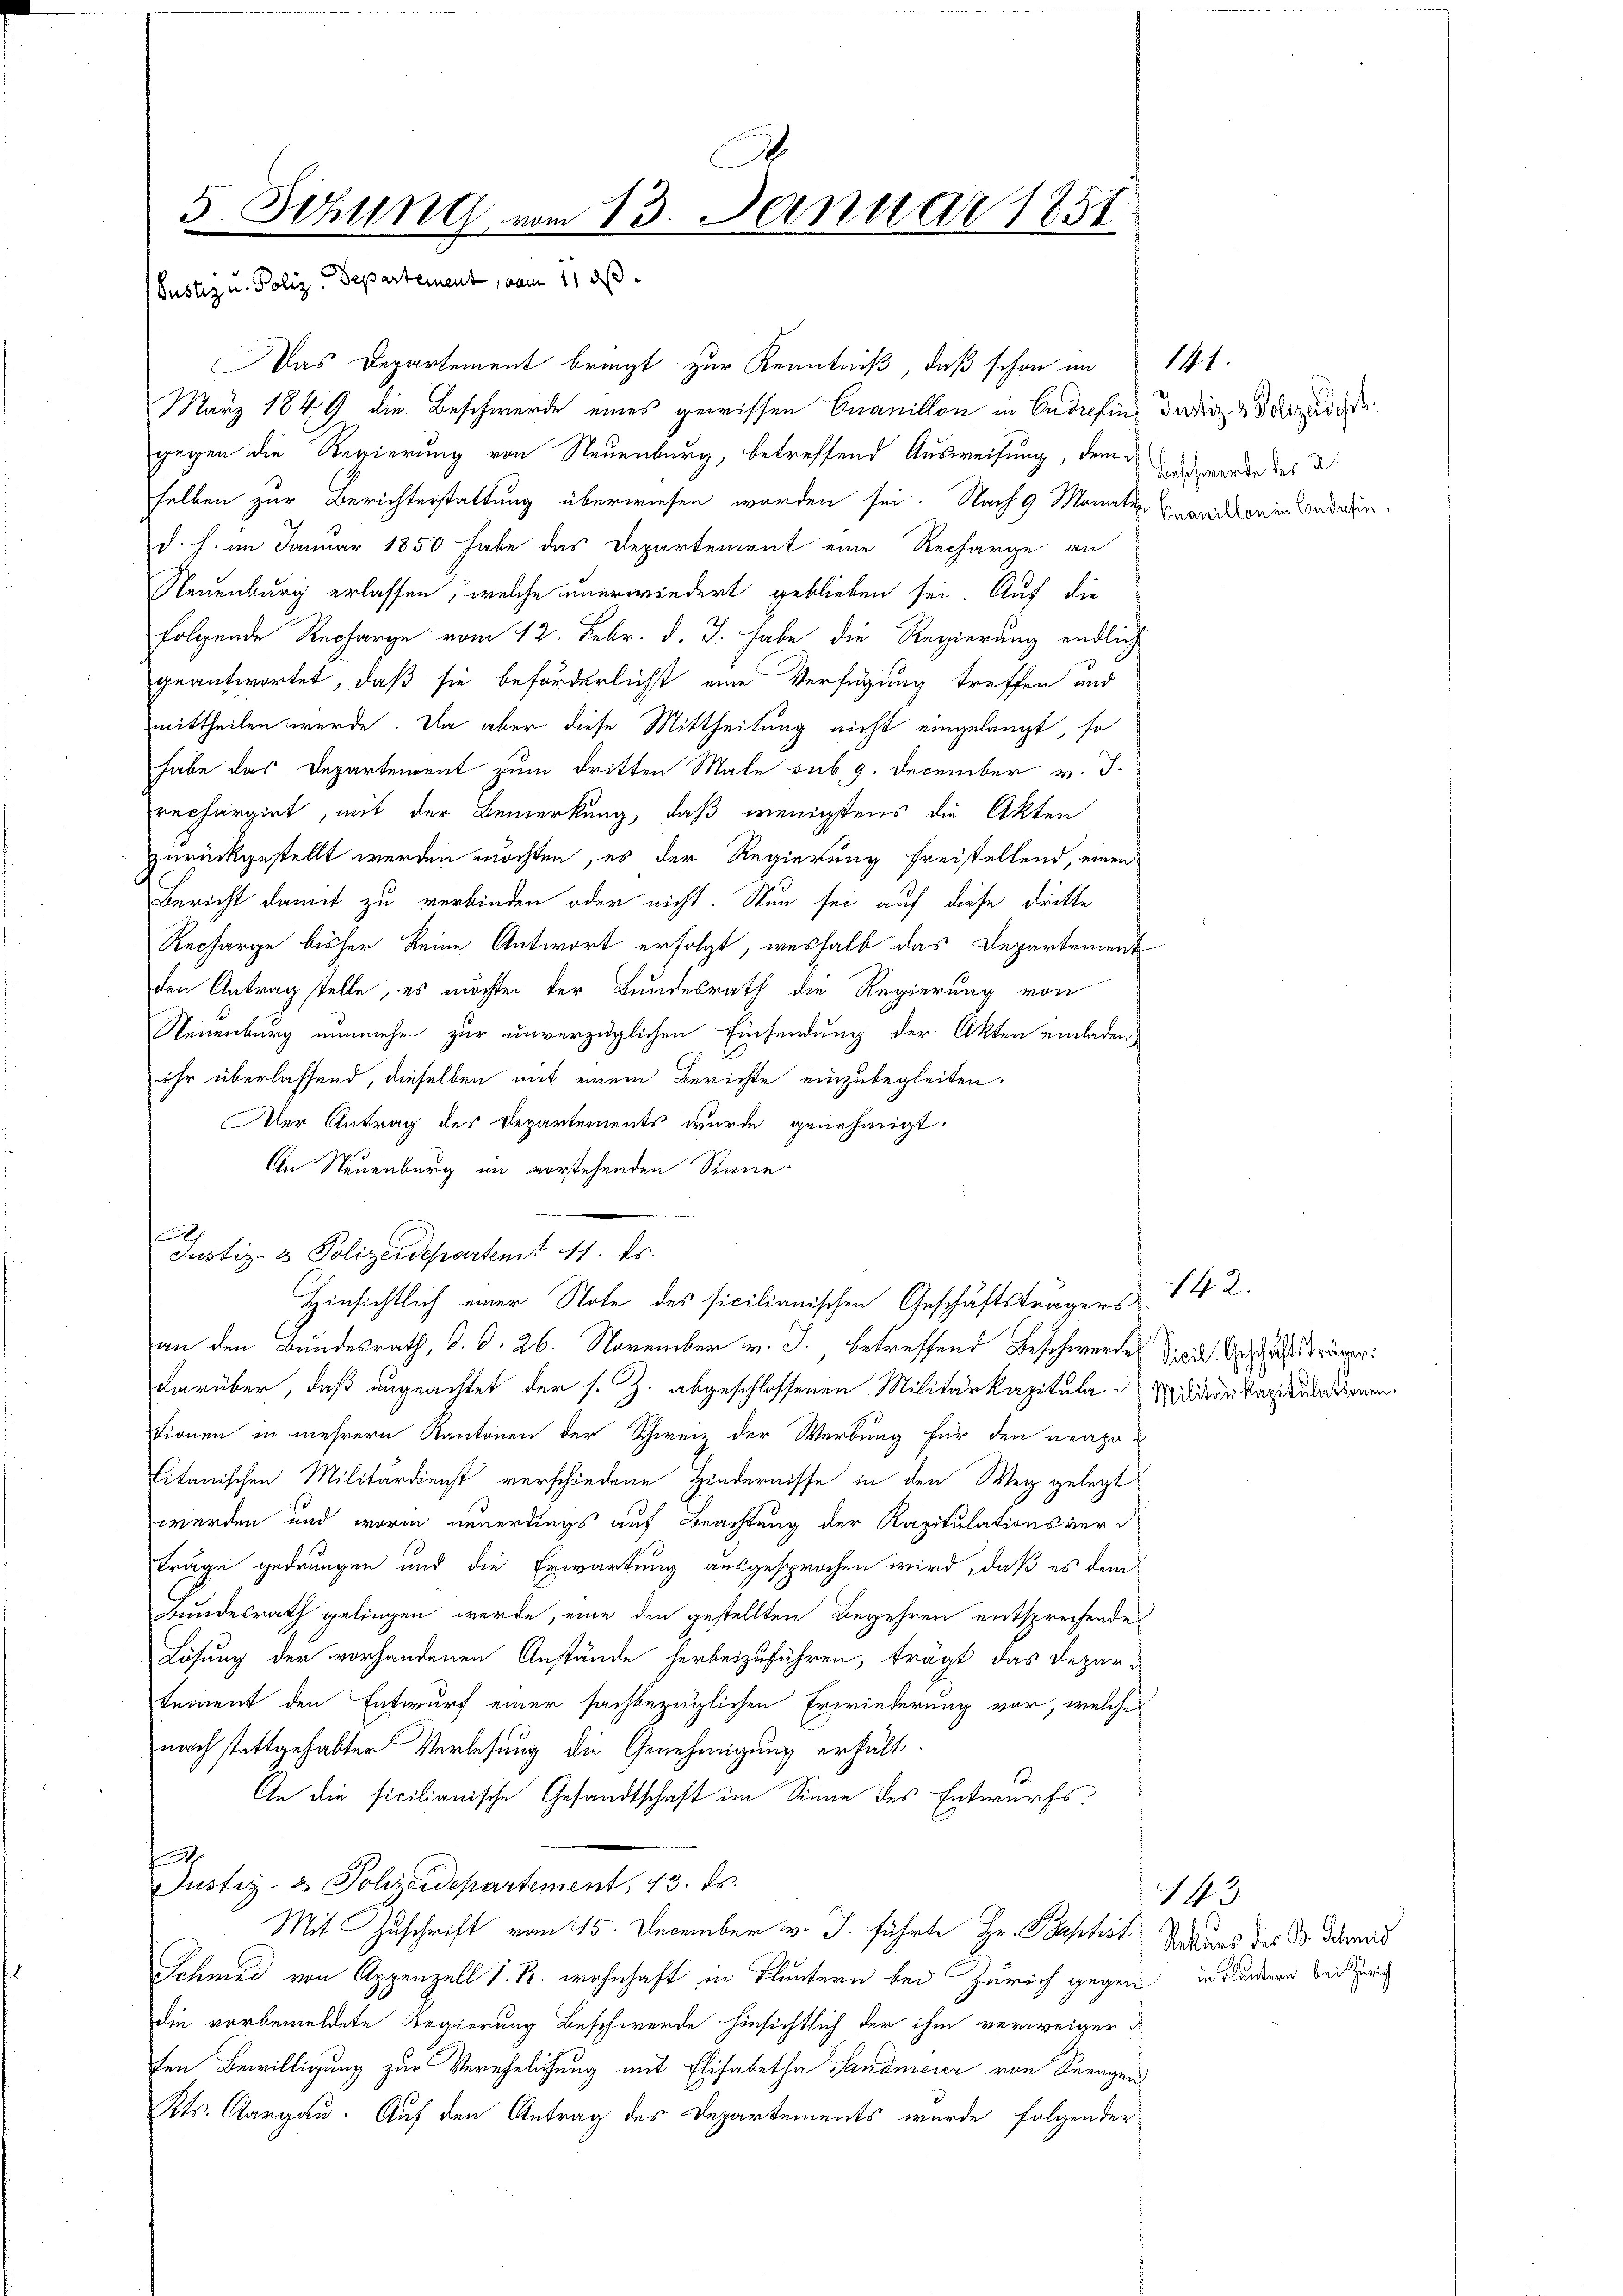
.
5. Sitzung vom 13. Januar 1851
Justiz u. Poliz. Departement, vom 11. ds.

Das Departement bringt zur Kenntniß, daß schon im
März 1849 die Beschwerde eines gewissen Cuanillon in Endefin, dadii de sorgundis
gegen die Regierung von Neuenburg, betreffend Ausweisung, dem Antworde des d
selben zur Berichterstattung überwiesen worden sei. Nach 9 Monaten Branddrein bedaue
d. h. im Januar 1850 habe das Departement eine Recharge an
Neuenburg erlassen, welche unerwindert geblieben sei. Auf die
folgende Recharge vom 12. Febr. d. J. habe die Regierung endlich
geantwortet, daß sie beförderlichst eine Verfügung treffen und
mittheilen werde. Da aber diese Mittheilung nicht eingelangt, so
habe das Departement zum dritten Male sub. 9. December v. J.
rechargirt, mit der Bemerkung, daß wenigstens die Akten
zurückgestellt werden möchten, es der Regierung freistellend, einen
Bericht damit zu verbinden oder nicht. Nun sei auf diese dritte
Recharge bisher keine Antwort erfolgt, weshalb das Departement
den Antrag stelle, es möchten der Bundesrath die Regierung von
Neuenburg nunmehr zur unverzüglichen Einsendung der Akten einladen,
ihr überlassend, dieselben mit einem Berichte einzubegleiten.
Der Antrag des Departements wurde genehmigt.
An Neuenburg im vorstehenden Stane-
e
f
Hinsichtlich einer Note des sicilianischen Geschäftsträgers
an den Bundesrath, d. d. 26. November v. J. betreffend Beschwerden Seine Anschaft träger
darüber, daß angeachtet der s. Z. abgeschlossenen Militärkapitula Widder Kapitulationen.
tionen in mehrern Kantonen der Schweiz der Werbung für den neapo
Titanischen Militärdienst verschiedene Hindernisse in den Weg gelegt
werden und worin neuerdings auf Beachtung der Kapitulationsverd
träge gedrungen und die Erwartung ausgesprochen wird, daß es dem
Bundesrath gelingen werde, eine den gestellten Begehren entsprechende
Lösung der vorhandenen Anstände herbeizuführen, trägt das Depar-
tement den Entwurf einer sachbezüglichen Erwiederung vor, welche
nach stattgehabter Verlesung die Genehmigung erhält.
An die sicilianische Gesandtschaft im Sinne des Entwurfs¬
.
Justiz- & Schreidepartement, 13. ds.
Mit Zuschrift vom 15. December v. J. führte Hr. Paschst Sekurs der B. Schneid
Schmed von Appenzell I. R. wohnhaft in Fluntern bei Zürich gegen in Bunderen bei rich
die vorbemeldete Regierung Beschwerde hinsichtlich der ihm verweiger d
den Bewilligung zur Verehelichung mit Elisabetha Sandmeier von Seengens
Kts. Aargau. Auf den Antrag des Departements wurde folgender

Justiz- & Polizeidepartent 11. ds.

141.

142.

143